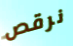
نرقص